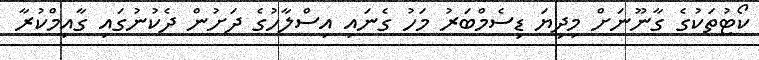
ކޯޓުތަކުގެ ގާނޫނަށް މިދިޔަ ޑިސެމްބަރު މަހު ގެނައި އިސްލާހުގެ ދަށުން ދެކުނުގައި ގާއިމްކުރާ